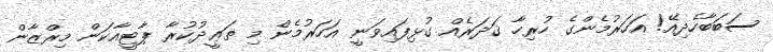
ސަބަބާހެދިއޭ! އަހަރުމެންގެ ހުރިހާ ޤަދަރެއް ގުޅިފައިވަނީ އަހަރުމެން މި ތަޢީދުކުރާ ޕާޓީއާކަން މިރްޒާން